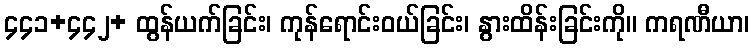
၄၄၁+၄၄၂+ ထွန်ယက်ခြင်း၊ ကုန်ရောင်းဝယ်ခြင်း၊ နွားထိန်းခြင်းကို။ ကရဏီယာ၊